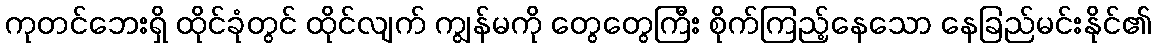
ကုတင်ဘေးရှိ ထိုင်ခုံတွင် ထိုင်လျက် ကျွန်မကို တွေတွေကြီး စိုက်ကြည့်နေသော နေခြည်မင်းနိုင်၏